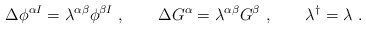
\begin{align*}\Delta \phi ^{ \alpha I} = \lambda^{\alpha \beta} \phi^{ \beta I}\ , \qquad\Delta G^\alpha = \lambda^{\alpha \beta}G^\beta\ , \qquad \lambda^\dagger = \lambda \ .\end{align*}